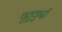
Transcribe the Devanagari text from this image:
थुतुकुदी